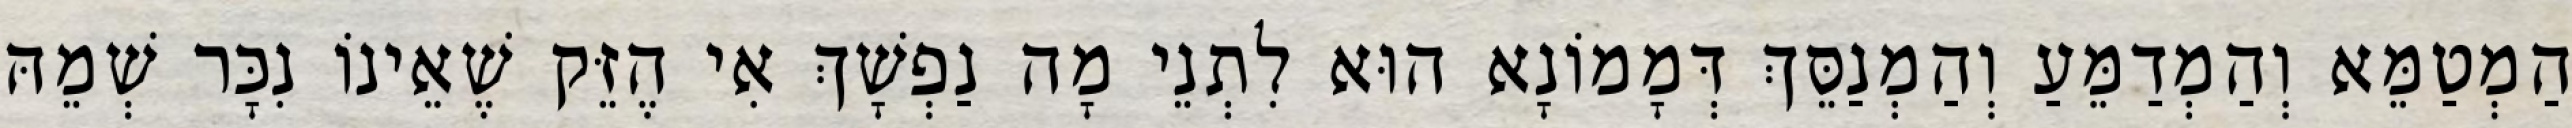
הַמְטַמֵּא וְהַמְדַמֵּעַ וְהַמְנַסֵּךְ דְּמָמוֹנָא הוּא לִתְנֵי מָה נַפְשָׁךְ אִי הֶזֵּק שֶׁאֵינוֹ נִכָּר שְׁמֵהּ